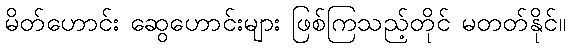
မိတ်ဟောင်း ဆွေဟောင်းများ ဖြစ်ကြသည့်တိုင် မတတ်နိုင်။